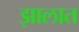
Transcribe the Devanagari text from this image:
झालात